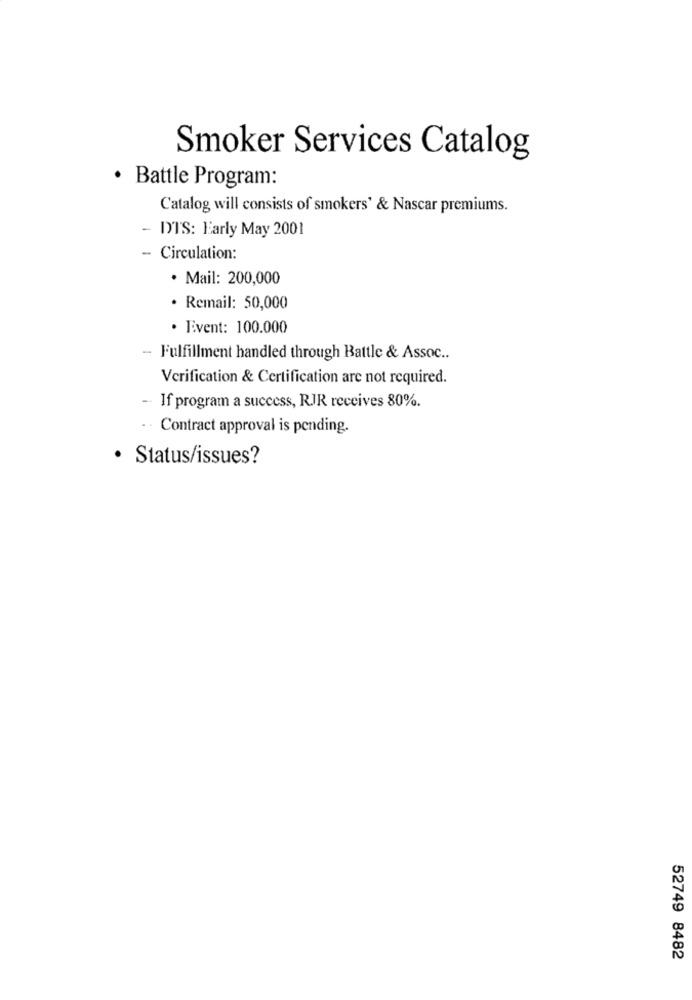
Smoker Services Catalog
· Battle Program:
Catalog will consists of smokers' & Nascar premiums.
- IT'S: Early May 2001
- Circulation:
· Mail: 200,000
· Remail: 50,000
· Event: 100.000
- Fulfillment handled through Battle & Assoc ..
Verification & Certification are not required.
-
If program a success, RJR receives 80%.
Contract approval is pending.
· Status/issues?
52749 8482